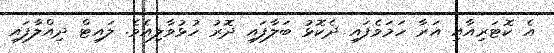
އެ ކޮޓަރިއާއި އަރާ ހަމަވެފައި ދެކޮޅު ބަލާފައި ދޮރު ހުޅުވާލިއެވެ. ލައިޓް ދިއްލާފައި